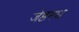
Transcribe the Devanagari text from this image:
जेष्ठमध